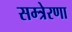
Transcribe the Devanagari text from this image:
सम्त्रेरणा